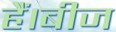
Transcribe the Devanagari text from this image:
हैं।बीज